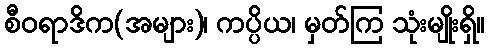
စီဝရာဒိက(အများ)၊ ကပ္ပိယ၊ မှတ်ကြ သုံးမျိုးရှိ။